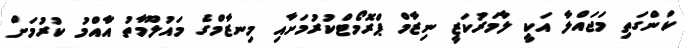
ކަންގަތި މަޖައްލާ އަކީ ލާމަރުކަޒީ ނިޒާމް ޕްރޮމޯޓްކުރުމަށާއި މިނޒާމްގެ މައުލޫމާތު އާއްމު ކުރުމަށް